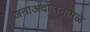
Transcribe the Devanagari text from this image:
जनाअंदोलनांमुळे